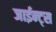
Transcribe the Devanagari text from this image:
जाईन्ट्स